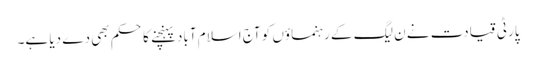
پارٹی قیادت نے ن لیگ کے رہنماؤں کو آج اسلام آباد پہنچنے کا حکم بھی دے دیا ہے۔